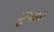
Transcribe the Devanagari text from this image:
पुनापा